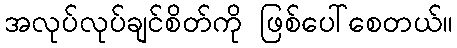
အလုပ်လုပ်ချင်စိတ်ကို ဖြစ်ပေါ်စေတယ်။